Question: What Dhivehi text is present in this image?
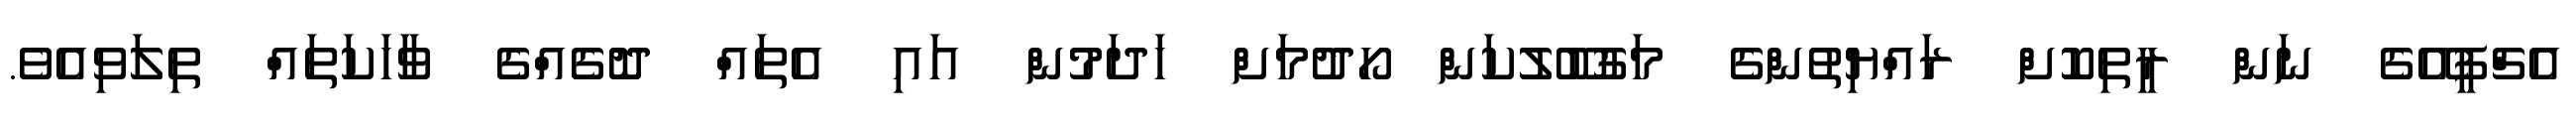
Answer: އެޗްޕީއޭގެ ނަން ރީތިކޮށް ރައްޔިތުންގެ މަގުބޫލުކަން ހޯދުމަށް ހަދަމުން އައި އެތައް ދޮގެއްގެ ވާހަކަތައް ތިލަވިއެވެ.